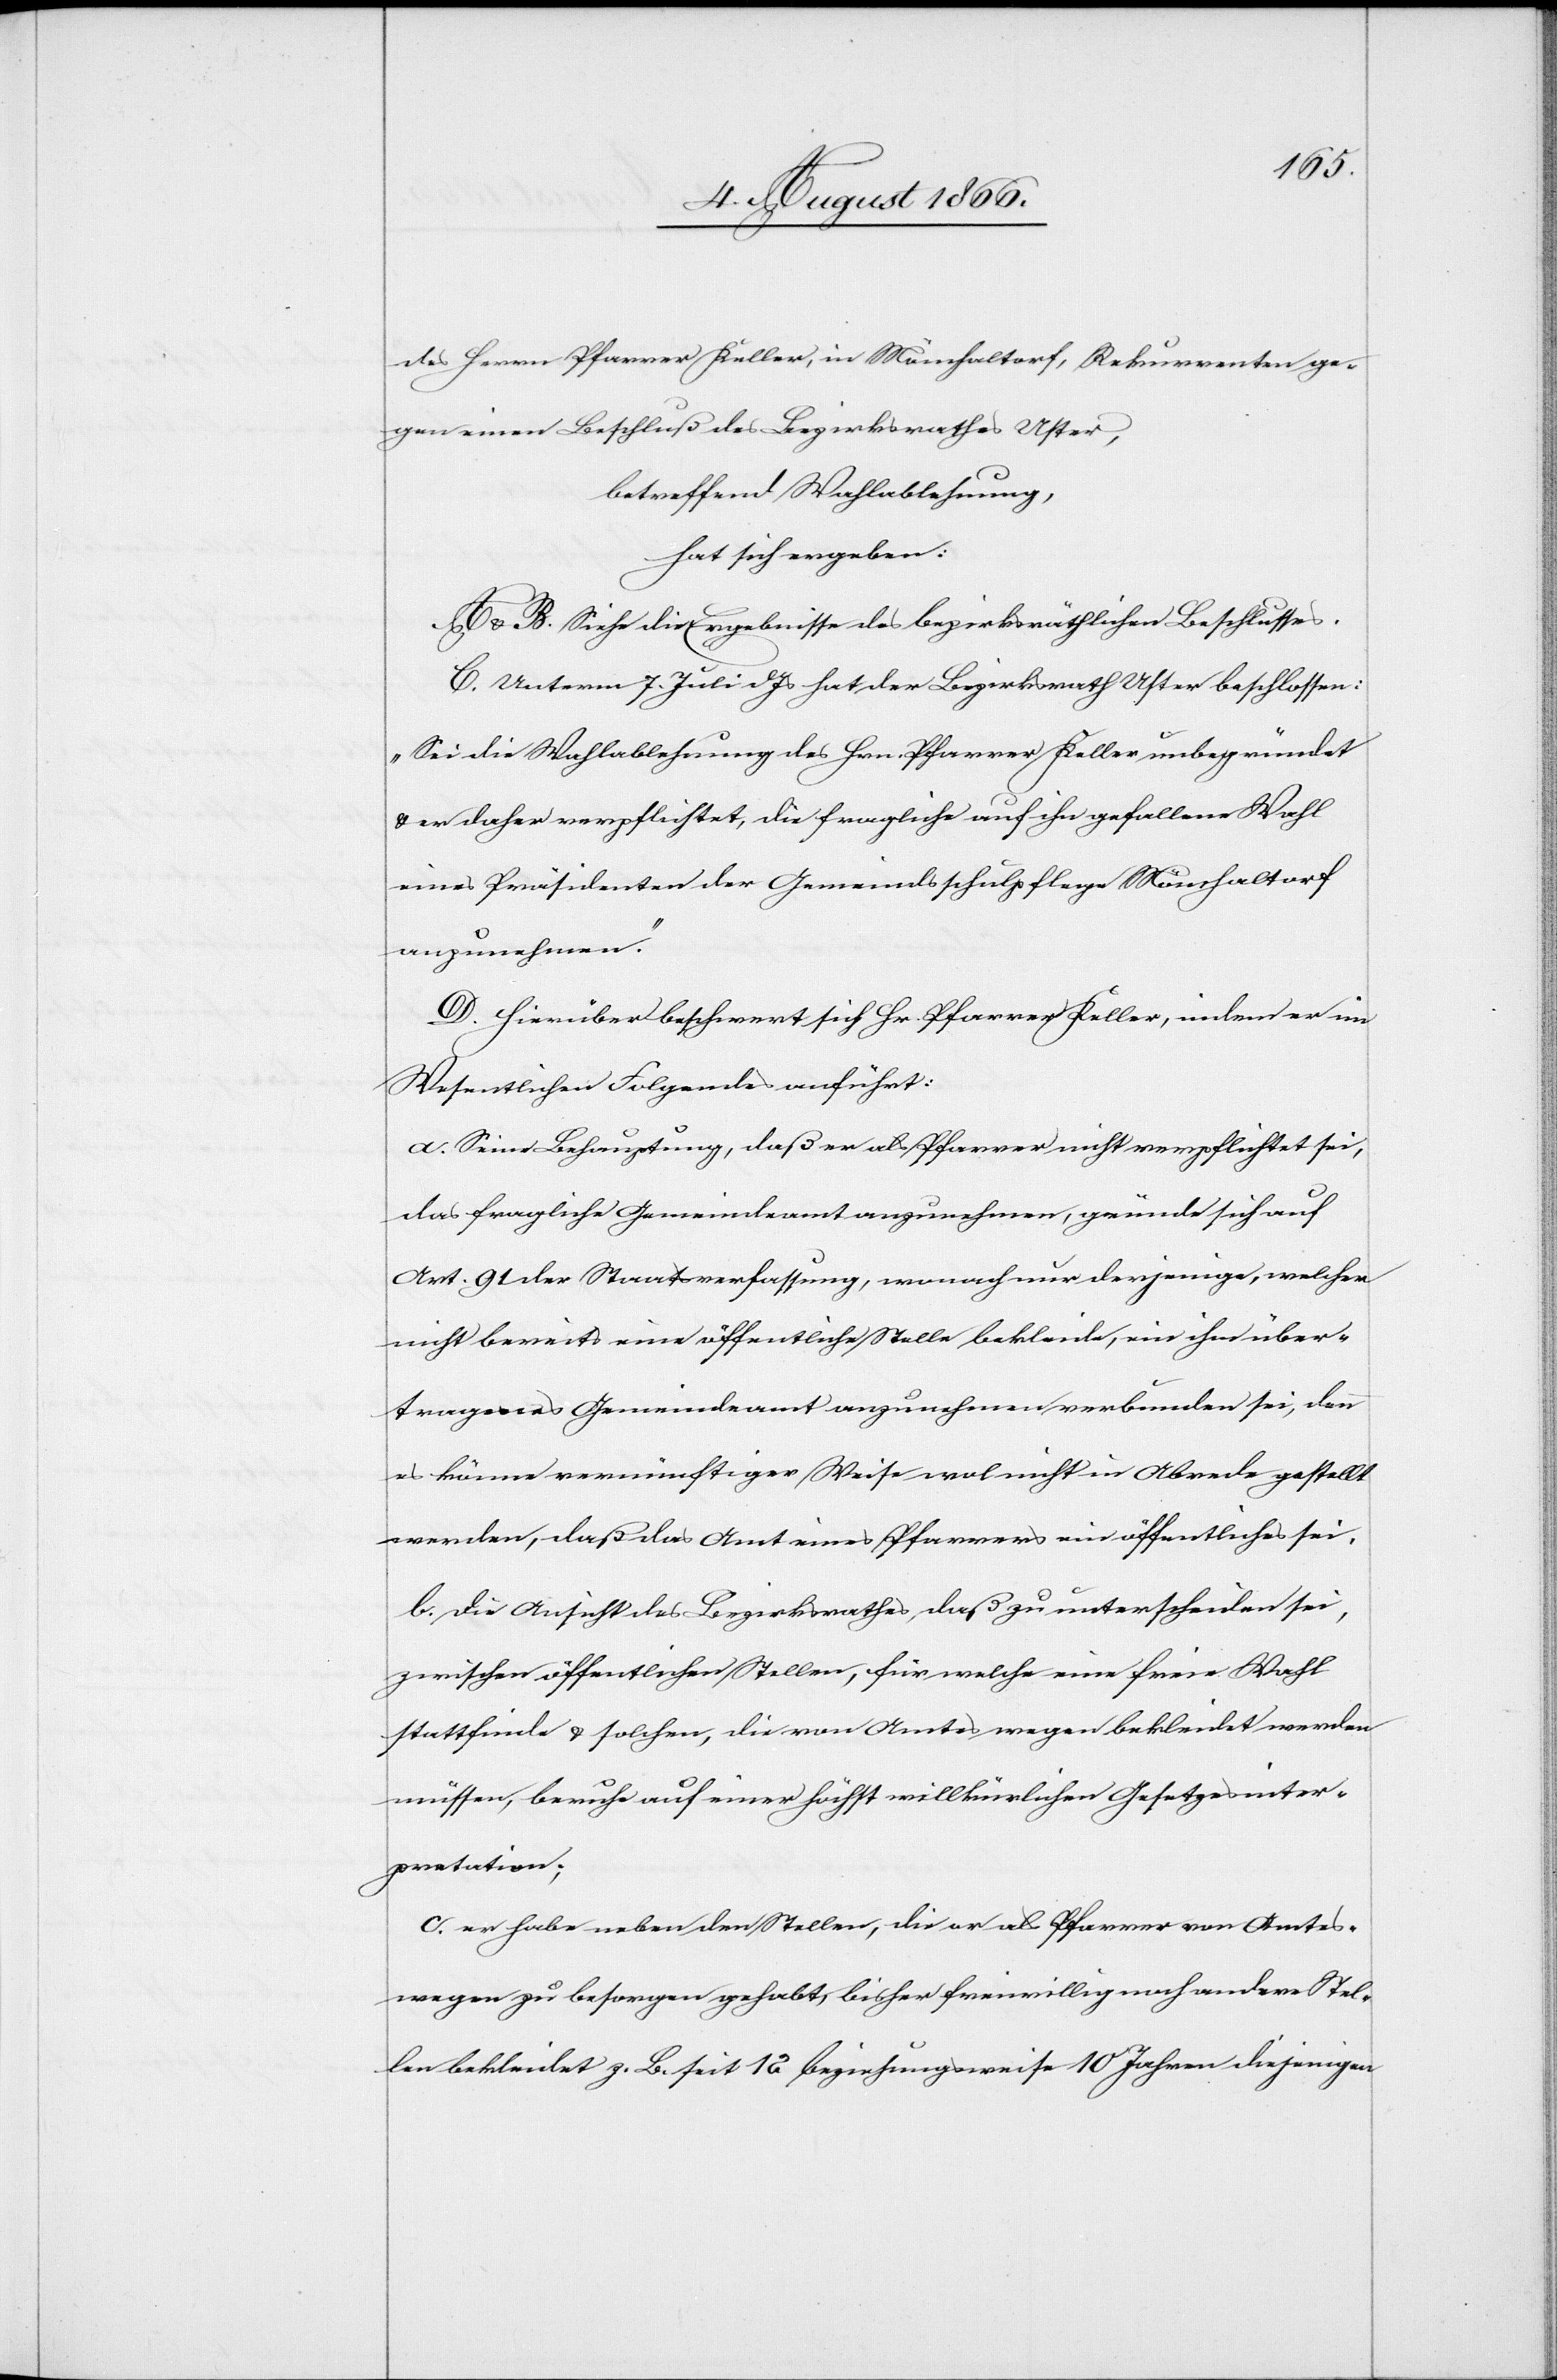
des Herrn Pfarrer Keller, in Mönchaltorf, Rekurrenten ge¬
gen einen Beschluß des Bezirksrathes Uster,
betreffend Wahlablehnung,
hat sich ergeben:
A u B. Siehe die Ergebnisse des bezirksräthlichen Beschlusses.
C. Unterm 7. Juli dJs hat der Bezirksrath Uster beschlossen:
„Sei die Wahlablehnung des Hrn. Pfarrer Keller unbegründet
u. er daher verpflichtet, die fragliche auf ihn gefallene Wahl
eines Präsidenten der Gemeindsschulpflege Mönchaltorf
anzunehmen.“
D. Hierüber beschwert sich Hr. Pfarrer Keller, indem er im
Wesentlichen Folgendes anführt:
a. Seine Behauptung, daß er als Pfarrer nicht verpflichtet sei,
das fragliche Gemeindeamt anzunehmen, gründe sich auf
Art. 91 der Staatsverfassung, wonach nur derjenige, welcher
nicht bereits eine öffentliche Stelle bekleide, ein ihm über¬
tragenes Gemeindeamt anzunehmen verbunden sei, denn
es könne vernünftiger Weise wohl nicht in Abrede gestellt
werden, daß das Amt eines Pfarrers ein öffentliches sei.
b. die Ansicht des Bezirksrathes, daß zu unterscheiden sei,
zwischen öffentlichen Stellen, für welche eine freie Wahl
stattfinde u. solchen, die von Amts wegen bekleidet werden
müssen, beruhe auf einer höchst willkürlichen Gesetzesinter¬
pretation.
c. er habe neben den Stellen, die er als Pfarrer von Amts
wegen zu besorgen gehabt, bisher freiwillig noch andere Stel¬
len bekleidet z. B. seit 12 beziehungsweise 10 Jahren diejenigen